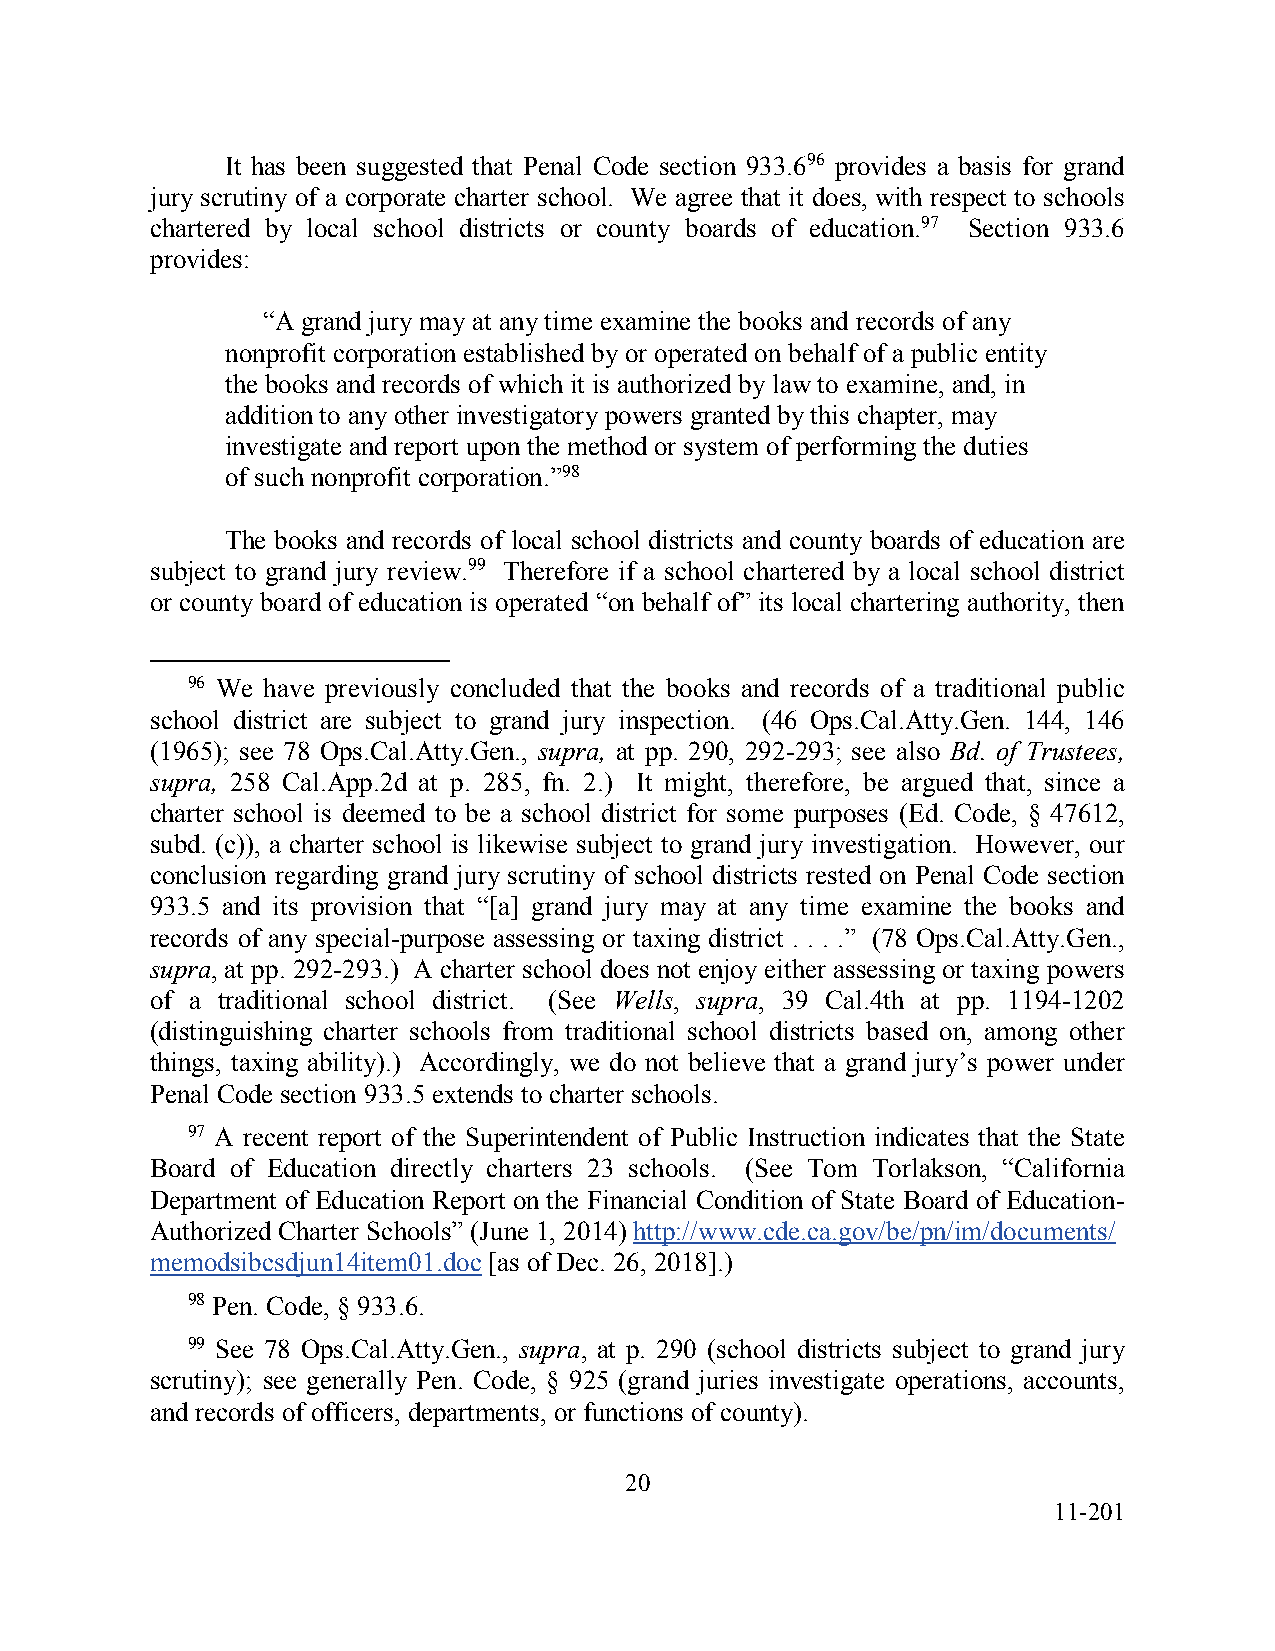
It has been suggested that Penal Code section 933.696 provides a basis for grand
 jury scrutiny of a corporate charter school. We agree that it does, with respect to schools
 chartered by local school districts or county boards of education.97 Section 933.6
 provides:
 “A grand jury may at any time examine the books and records of any
 nonprofit corporation established by or operated on behalf of a public entity
 the books and records of which it is authorized by law to examine, and, in
 addition to any other investigatory powers granted by this chapter, may
 investigate and report upon the method or system of performing the duties
 of such nonprofit corporation.”98
 The books and records of local school districts and county boards of education are
 subject to grand jury review.99 Therefore if a school chartered by a local school district
 or county board of education is operated “on behalf of” its local chartering authority, then
 96 We have previously concluded that the books and records of a traditional public
 school district are subject to grand jury inspection. (46 Ops.Cal.Atty.Gen. 144, 146
 (1965); see 78 Ops.Cal.Atty.Gen., supra, at pp. 290, 292-293; see also Bd. of Trustees,
 supra, 258 Cal.App.2d at p. 285, fn. 2.) It might, therefore, be argued that, since a
 charter school is deemed to be a school district for some purposes (Ed. Code, § 47612,
 subd. (c)), a charter school is likewise subject to grand jury investigation. However, our
 conclusion regarding grand jury scrutiny of school districts rested on Penal Code section
 933.5 and its provision that “[a] grand jury may at any time examine the books and
 records of any special-purpose assessing or taxing district . . . .” (78 Ops.Cal.Atty.Gen.,
 supra, at pp. 292-293.) A charter school does not enjoy either assessing or taxing powers
 of a traditional school district. (See Wells, supra, 39 Cal.4th at pp. 1194-1202
 (distinguishing charter schools from traditional school districts based on, among other
 things, taxing ability).) Accordingly, we do not believe that a grand jury’s power under
 Penal Code section 933.5 extends to charter schools.
 97 A recent report of the Superintendent of Public Instruction indicates that the State
 Board of Education directly charters 23 schools. (See Tom Torlakson, “California
 Department of Education Report on the Financial Condition of State Board of Education-
 Authorized Charter Schools” (June 1, 2014) http://www.cde.ca.gov/be/pn/im/documents/
 memodsibcsdjun14item01.doc [as of Dec. 26, 2018].)
 98 Pen. Code, § 933.6.
 99 See 78 Ops.Cal.Atty.Gen., supra, at p. 290 (school districts subject to grand jury
 scrutiny); see generally Pen. Code, § 925 (grand juries investigate operations, accounts,
 and records of officers, departments, or functions of county).
 20
 11-201